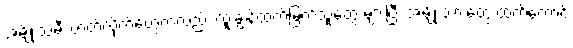
အမျိုးသမီး ဇာတ်လိုက်တွေကလည်း ထူးချွန်ထက်မြက်သူတွေ များပြီး အမျိုးသားတွေ ထက်တောင်